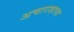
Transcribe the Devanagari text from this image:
अचारशास्त्र